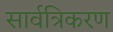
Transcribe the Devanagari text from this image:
सार्वत्रिकरण